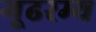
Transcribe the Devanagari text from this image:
गूढरम्य